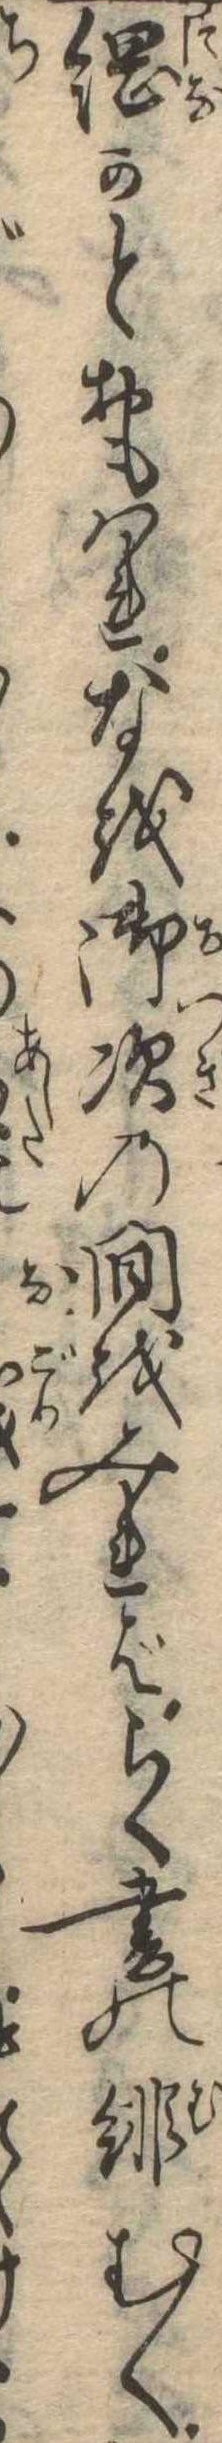
綱かとおもはれなを御次の間をみればらく書の緋むくゝ